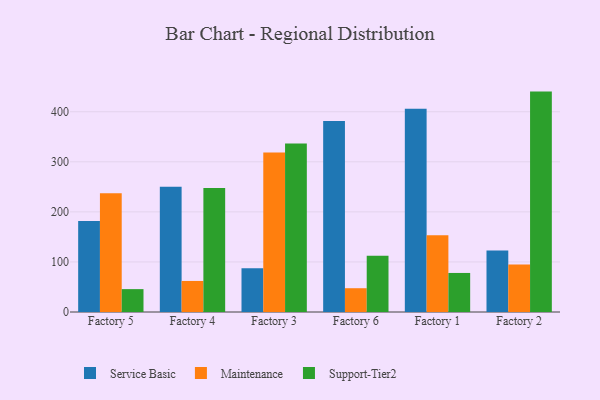
{"axis": {"x": "Factory", "y": "Budget (USD K)"}, "legend": ["Maintenance", "Service Basic", "Support-Tier2"], "data": [{"x": "Factory 5", "y": 182.0, "type": "Service Basic"}, {"x": "Factory 5", "y": 237.2, "type": "Maintenance"}, {"x": "Factory 5", "y": 45.7, "type": "Support-Tier2"}, {"x": "Factory 4", "y": 250.3, "type": "Service Basic"}, {"x": "Factory 4", "y": 62.0, "type": "Maintenance"}, {"x": "Factory 4", "y": 247.6, "type": "Support-Tier2"}, {"x": "Factory 3", "y": 87.3, "type": "Service Basic"}, {"x": "Factory 3", "y": 318.4, "type": "Maintenance"}, {"x": "Factory 3", "y": 336.6, "type": "Support-Tier2"}, {"x": "Factory 6", "y": 381.7, "type": "Service Basic"}, {"x": "Factory 6", "y": 47.5, "type": "Maintenance"}, {"x": "Factory 6", "y": 112.1, "type": "Support-Tier2"}, {"x": "Factory 1", "y": 405.7, "type": "Service Basic"}, {"x": "Factory 1", "y": 153.5, "type": "Maintenance"}, {"x": "Factory 1", "y": 78.0, "type": "Support-Tier2"}, {"x": "Factory 2", "y": 122.6, "type": "Service Basic"}, {"x": "Factory 2", "y": 95.1, "type": "Maintenance"}, {"x": "Factory 2", "y": 440.2, "type": "Support-Tier2"}]}